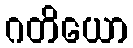
ဂတိယော